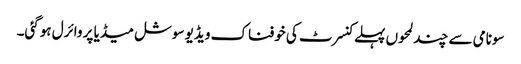
سونامی سے چند لمحوں پہلے کنسرٹ کی خوفناک ویڈیو سوشل میڈیا پر وائرل ہوگئی۔